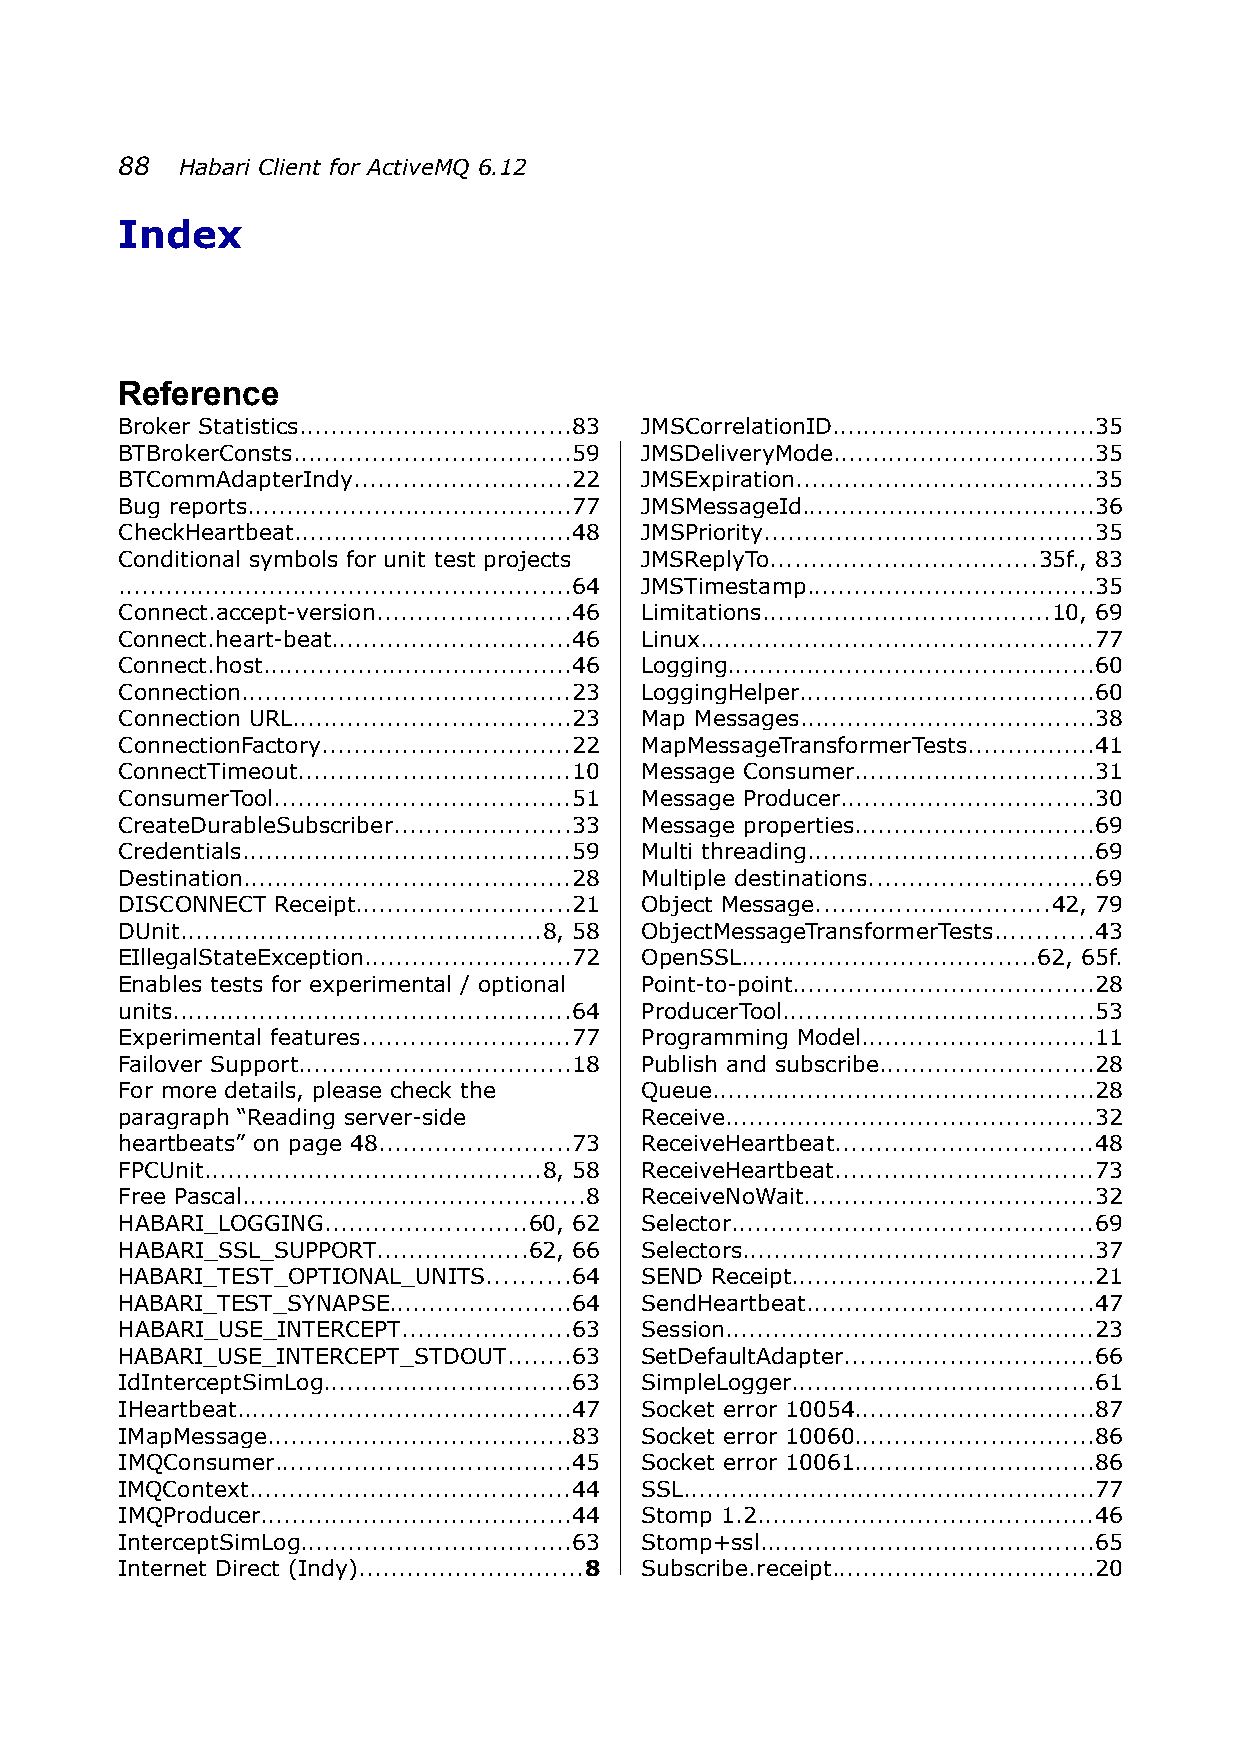
88  Habari Client for ActiveMQ 6.12
 Index
 Reference
 Broker Statistics..................................83 JMSCorrelationID.................................35
 BTBrokerConsts...................................59 JMSDeliveryMode.................................35
 BTCommAdapterIndy...........................22 JMSExpiration.....................................35
 Bug reports.........................................77 JMSMessageId.....................................36
 CheckHeartbeat...................................48 JMSPriority.........................................35
 Conditional symbols for unit test projects JMSReplyTo.................................35f., 83
 .........................................................64 JMSTimestamp....................................35
 Connect.accept-version........................46 Limitations....................................10, 69
 Connect.heart-beat..............................46 Linux.................................................77
 Connect.host.......................................46 Logging..............................................60
 Connection.........................................23 LoggingHelper.....................................60
 Connection URL...................................23 Map Messages.....................................38
 ConnectionFactory...............................22 MapMessageTransformerTests................41
 ConnectTimeout..................................10 Message Consumer..............................31
 ConsumerTool.....................................51 Message Producer................................30
 CreateDurableSubscriber......................33 Message properties..............................69
 Credentials.........................................59 Multi threading....................................69
 Destination.........................................28 Multiple destinations............................69
 DISCONNECT Receipt...........................21 Object Message.............................42, 79
 DUnit.............................................8, 58 ObjectMessageTransformerTests............43
 EIllegalStateException..........................72 OpenSSL.....................................62, 65f.
 Enables tests for experimental / optional Point-to-point......................................28
 units..................................................64 ProducerTool.......................................53
 Experimental features..........................77 Programming Model.............................11
 Failover Support..................................18 Publish and subscribe...........................28
 For more details, please check the Queue................................................28
 paragraph “Reading server-side    Receive..............................................32
 heartbeats” on page 48........................73 ReceiveHeartbeat................................48
 FPCUnit..........................................8, 58 ReceiveHeartbeat................................73
 Free Pascal...........................................8 ReceiveNoWait....................................32
 HABARI_LOGGING.........................60, 62 Selector.............................................69
 HABARI_SSL_SUPPORT...................62, 66 Selectors............................................37
 HABARI_TEST_OPTIONAL_UNITS..........64 SEND Receipt......................................21
 HABARI_TEST_SYNAPSE.......................64 SendHeartbeat....................................47
 HABARI_USE_INTERCEPT.....................63 Session..............................................23
 HABARI_USE_INTERCEPT_STDOUT........63 SetDefaultAdapter...............................66
 IdInterceptSimLog...............................63 SimpleLogger......................................61
 IHeartbeat..........................................47 Socket error 10054..............................87
 IMapMessage......................................83 Socket error 10060..............................86
 IMQConsumer.....................................45 Socket error 10061..............................86
 IMQContext........................................44 SSL....................................................77
 IMQProducer.......................................44 Stomp 1.2..........................................46
 InterceptSimLog..................................63 Stomp+ssl..........................................65
 Internet Direct (Indy)............................8 Subscribe.receipt.................................20